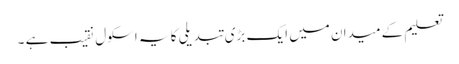
تعلیم کے میدان میں ایک بڑی تبدیلی کا یہ اسکول نقیب ہے ۔